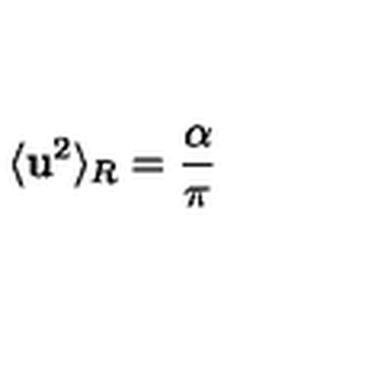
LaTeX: \langle { { \bf { u } } ^ { 2 } } \rangle _ { R } = \frac { \alpha } { \pi }